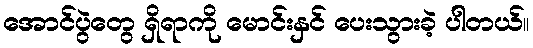
အောင်ပွဲတွေ ရှိရာကို မောင်းနှင် ပေးသွားခဲ့ ပါတယ်။